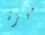
ميزة